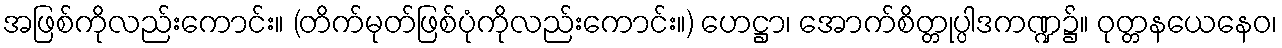
အဖြစ်ကိုလည်းကောင်း။ (တိက်မုတ်ဖြစ်ပုံကိုလည်းကောင်း။) ဟေဋ္ဌာ၊ အောက်စိတ္တုပ္ပါဒကဏ္ဍ၌။ ဝုတ္တနယေနေဝ၊